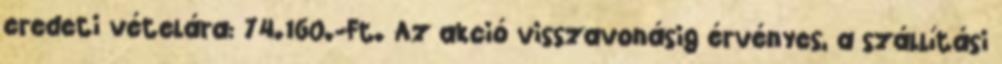
eredeti vételára: 74.160.-Ft. Az akció visszavonásig érvényes, a szállítási